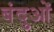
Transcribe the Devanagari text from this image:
बंदुओं